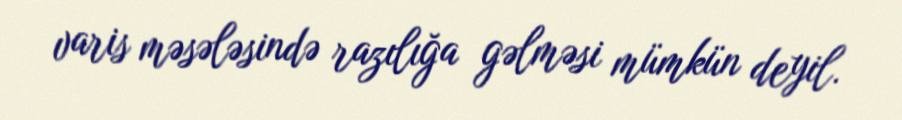
varis məsələsində razılığa gəlməsi mümkün deyil.